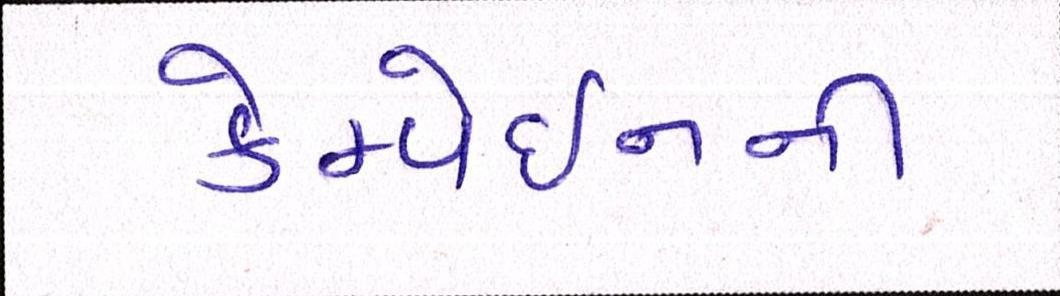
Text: કેમ્પેઇનની